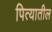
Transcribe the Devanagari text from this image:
पित्यातील